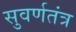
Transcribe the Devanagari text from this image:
सुवर्णतंत्र